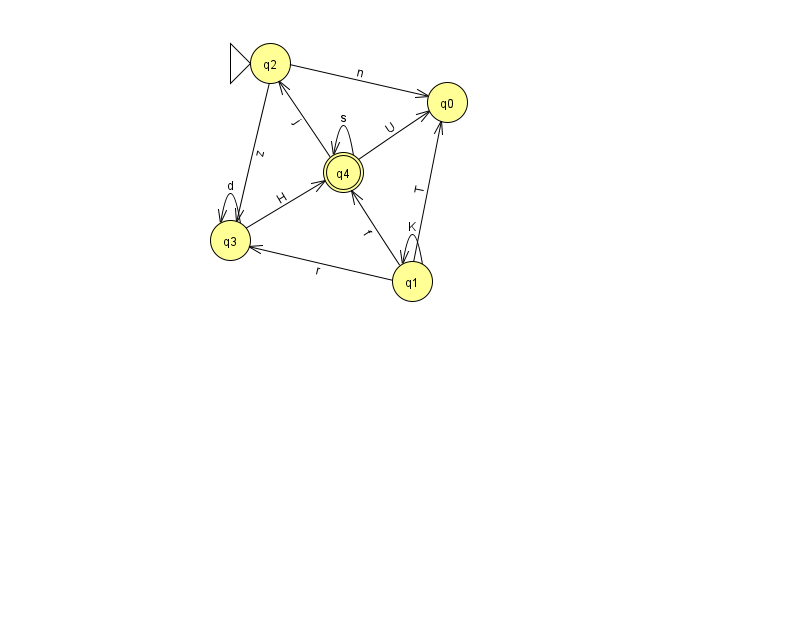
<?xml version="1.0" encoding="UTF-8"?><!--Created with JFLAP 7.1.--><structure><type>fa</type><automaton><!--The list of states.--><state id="0" name="q0"><x>447.0</x><y>89.0</y></state><state id="1" name="q1"><x>412.0</x><y>268.0</y></state><state id="2" name="q2"><x>270.0</x><y>50.0</y><initial/></state><state id="3" name="q3"><x>230.0</x><y>227.0</y></state><state id="4" name="q4"><x>343.0</x><y>159.0</y><final/></state><!--The list of transitions.--><transition><from>3</from><to>4</to><read>H</read></transition><transition><from>1</from><to>0</to><read>T</read></transition><transition><from>2</from><to>0</to><read>n</read></transition><transition><from>4</from><to>4</to><read>s</read></transition><transition><from>2</from><to>3</to><read>z</read></transition><transition><from>3</from><to>3</to><read>d</read></transition><transition><from>1</from><to>3</to><read>r</read></transition><transition><from>1</from><to>1</to><read>K</read></transition><transition><from>1</from><to>4</to><read>f</read></transition><transition><from>4</from><to>2</to><read>j</read></transition><transition><from>4</from><to>0</to><read>U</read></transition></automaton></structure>